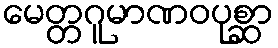
မေတ္တဂူမာဏဝပုစ္ဆာ